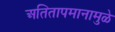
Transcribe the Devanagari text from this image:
अतितापमानामुळे